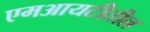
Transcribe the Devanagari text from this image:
एमआयटीतील